Civil Veterinary Dept. Bombay admin report 1923-31 - 1923-1931
Year: 1923
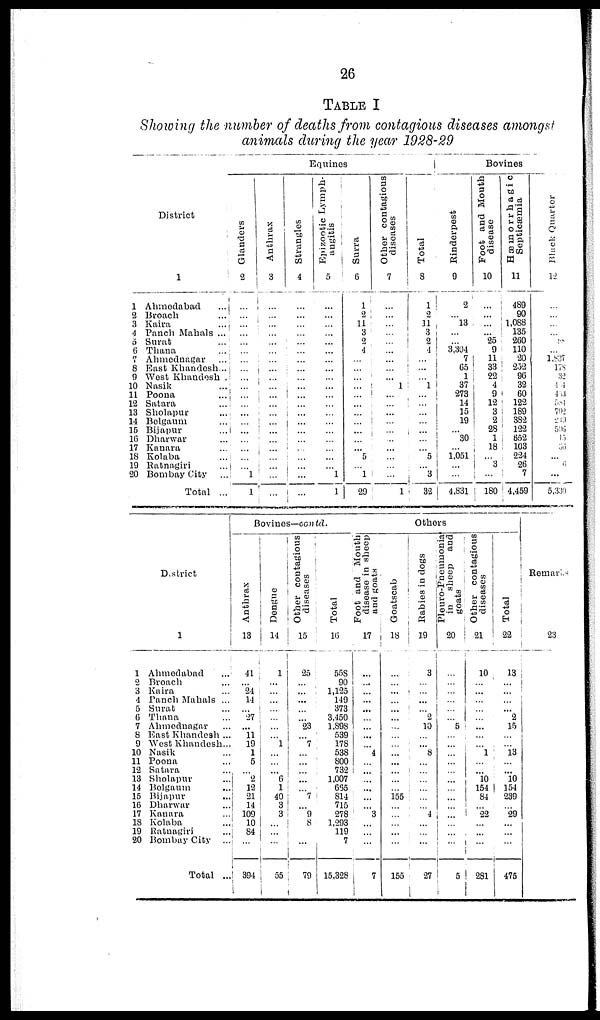
26
TABLE I
Showing the number of deaths from contagious diseases amongst
animals during the year 1928-29
District
1
1 Ahmedabad ...
2 Broach ...
3 Kaira ...
4 Panch Mahals ...
5 Surat ...
6 Thana ...
7 Ahmednagar ...
8 East Khandesh...
9 West Khandesh .
10 Nasik ...
11 Poona ...
12 Satara ...
13 Sholapur ...
14 Bolgaum ...
15 Bijapur ...
16 Dharwar ...
17 Kanara ...
18 Kolaba ...
19 Ratnagiri ...
20 Bombay City
...
Total ...
Equines
Glanders
2
...
...
...
...
...
...
...
...
...
...
...
...
...
...
...
...
...
...
... 1
1
Anthrax
3
...
...
...
...
...
...
...
......
...
...
...
...
... ...
...
... ......
...
...
...
...
Strangles
4
...
...
...
...
...
...
...
...
...
...
...
...
...
...
...
... ......
... ...
......
...
...
Epizootic Lymph-
angitis
5
...
...
...
...
...
...
...
...
...
...
...
...
...
...
...
...
...
...
... 1
1
Surra
6
1
2
11
3
2
4
...
...
...
...
...
...
...
...
...
...
... 5
... 1
29
Other contagious
diseases
7
...
...
...
...
...
...
...
...
... 1
...
...
...
...
...
...
...
...
...
...
...
Total
8
...
2
11
3
2
4
...
...
... 1
...
...
...
... ...
...
5
...
3
32
Bovines
Rinderpest
9
2
... 13
...
... 3,304
7
65
1
37
273
14
15
19
... 30
... 1,051
...
...
4,831
Foot and Mouth
disease
10
...
...
...
... 25
9
11
33
22
4
9
12
3
2
28
1
18
... 3
...
180
Hæmorrhagic
Septicæmia
11
489
90
1,088
135
260
110
20
252
96
32
60
122
189
382
122
652
103
224
26
7
4,459
Black Quarter
12
...
...
... ...
88
...
1,837
178
32
464
453
584
792
249
596
15
36
...
6
...
5,330
District
1
1 Ahmedabad ...
2 Broach ...
3 Kaira ...
4 Panch Mahals ...
5 Surat ...
6 Thana ...
7 Ahmednagar ...
8 East Khandesh ...
9 West Khandesh...
10 Nasik ...
11 Poona ...
12 Satara ...
13 Sholapur ...
14 Bolgaum ...
15 Bijapur ...
16 Dharwar ...
17 Kanara ...
18 Kolaba ...
19 Ratnagiri ...
20 Bombay City
...
Total ...
Bovines—contd.
Anthrax
13
41
... 24
14
...
27
... 11 19
1
5
... 2
12
21
14
109
10
84
...
394
Dengue
14
1
...
...
...
...
...
...
... 1
...
...
... 6 1
40
3
3
...
...
...
55
Other contagious
diseases
15
25
...
...
...
...
... 23
... 7
...
...
...
...
... 7
... 9
8
...
...
79
Total
16
558
90
1,125
149
373
3,450
1,898
539
178
538
800
732
1,007
655
814
715
278
1,293
119
7
15,328
Others
Foot and Mouth
disease in sheep
and goats
17
...
...
...
... ...
...
...
...
... 4
...
...
...
...
...
... 3
...
...
...
7
...
...
...
...
...
...
...
...
...
...
...
...
...
... 155
...
...
...
...
...
155
Rabies
in dogs
19
3
... ...
... ...
2
10
...
... 8
... ...
...
...
...
... 4
...
...
...
27
Pleuro-Pneumonia
in sheep and
goats
20
...
...
...
...
...
... 5
...
...
...
...
...
...
...
...
...
...
...
... ...
5
Other contagious
diseases
21
10
...
...
...
...
... ...
...
... 1
...
... 10
154
84
... 22
...
... ...
281
Total
22
13
...
...
...
2
15
...
... 13
...
... 10
154
239
... 29
...
...
...
475
Remarks
23